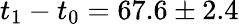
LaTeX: t_{1}-t_{0}=67.6\pm 2.4